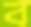
ব